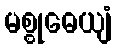
မစ္စုဓေယျံ